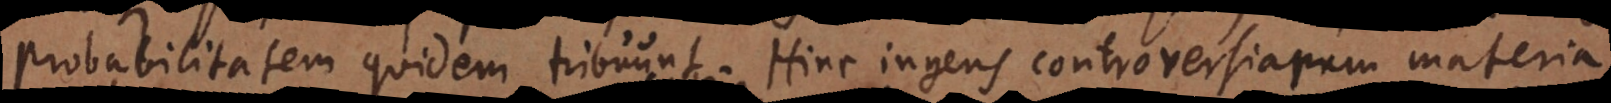
probabilitatem quidem tribuunt. Hinc ingens controversiarum materia